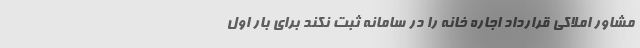
مشاور املاکی قرارداد اجاره خانه را در سامانه ثبت نکند برای بار اول